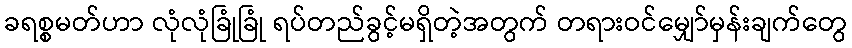
ခရစ္စမတ်ဟာ လုံလုံခြုံခြုံ ရပ်တည်ခွင့်မရှိတဲ့အတွက် တရားဝင်မျှော်မှန်းချက်တွေ